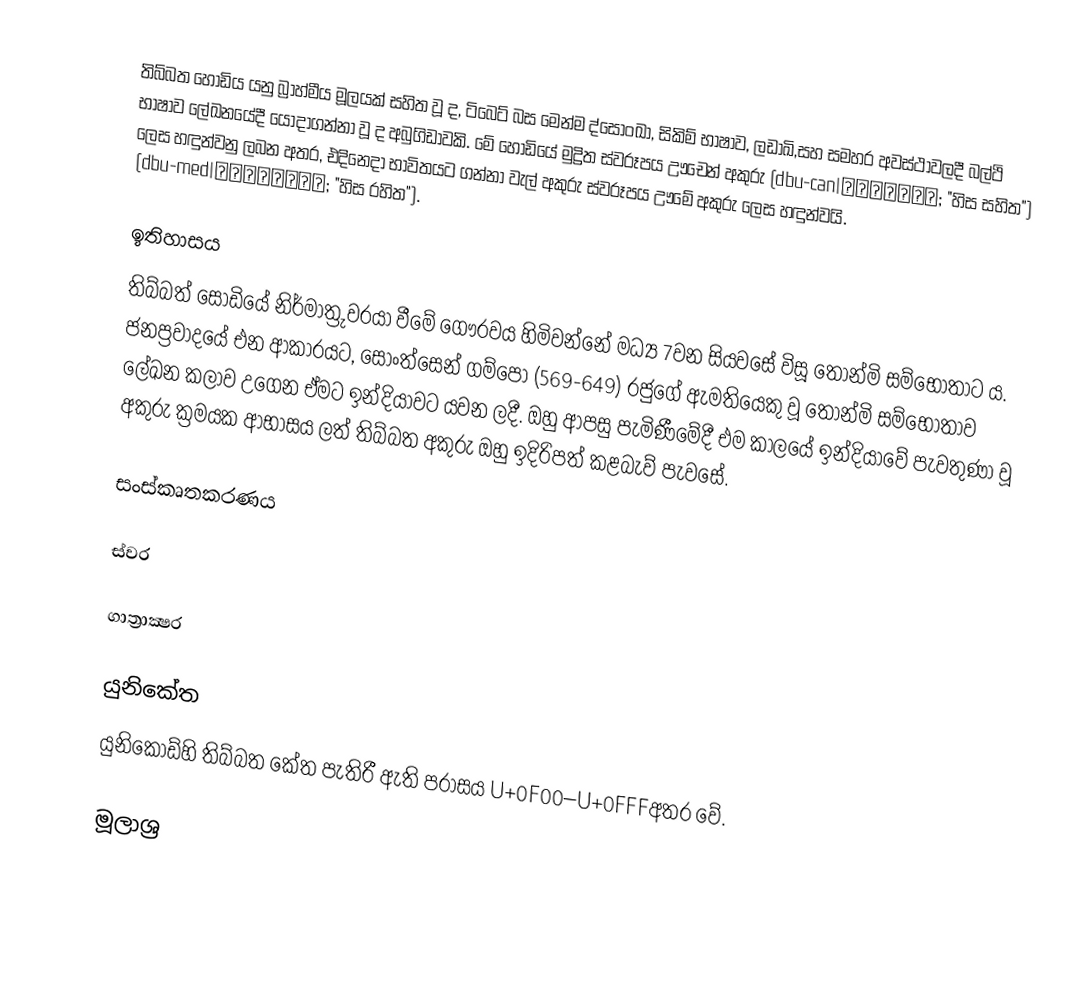
තිබ්බත හෝඩිය යනු බ්‍රාහ්මීය මූලයක් සහිත වූ ද, ටිබෙට් බස මෙන්ම ද්සොංඛා, සිකිම් භාෂාව, ලඩාඛි,සහ සමහර අවස්ථාවලදී බල්ථි භාෂාව ලේඛනයේදී යොදාගන්නා වූ ද අබුගිඩාවකි. මේ හෝඩියේ මුද්‍රිත ස්වරූපය ඌචෙන් අකුරු (dbu-can|དབུ་ཅན་; "හිස සහිත") ලෙස හඳුන්වනු ලබන අතර, එදිනෙදා භාවිතයට ගන්නා වැල් අකුරු ස්වරූපය ඌමේ අකුරු ලෙස හඳුන්වයි. (dbu-med|དབུ་མེད་; "හිස රහිත").

ඉතිහාසය
තිබ්බත් සෝඩියේ නිර්මාත්‍රුවරයා වීමේ ගෞරවය හිමිවන්නේ මධ්‍ය 7වන සියවසේ විසූ තොන්මි සම්භෝතාට ය. ජනප්‍රවාදයේ එන ආකාරයට, සොංත්සෙන් ගම්පෝ (569-649) රජුගේ ඇමතියෙකු වූ තොන්මි සම්භෝතාව ලේඛන කලාව උගෙන ඒමට ඉන්දියාවට යවන ලදී. ඔහු ආපසු පැමිණීමේදී එම කාලයේ ඉන්දියාවේ පැවතුණා වූ අකුරු ක්‍රමයක ආභාසය ලත් තිබ්බත අකුරු ඔහු ඉදිරිපත් කළබැව් පැවසේ.

සංස්කෘතකරණය

ස්වර

ගාත්‍රාක්‍ෂර

යුනිකේත
යුනිකෝඩ්හි තිබ්බත කේත පැතිරී ඇති පරාසය U+0F00–U+0FFFඅතර වේ.

මූලාශ්‍ර